Civil Veterinary Dept. Assam report 1927-50 - 1927-1950
Year: 1927
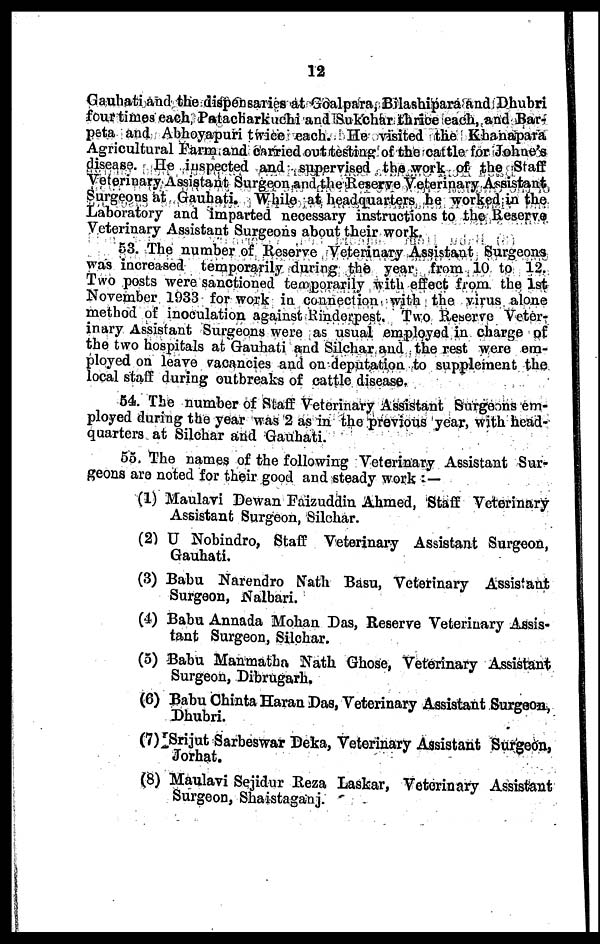
12
Gauhati and the dispensaries at Goalpara, Bilashipara and Dhubri
four times each, Patacharkuchi and Sukchar thrice each, and Bar-
peta and Abhoyapuri twice each. He visited the Khanapara
Agricultural Farm and carried out testing of the cattle for Johne's
disease. He inspected and supervised the work of the Staff
Veterinary Assistant Surgeon and the Reserve Veterinary Assistant
Surgeons at Gauhati. While at headquarters he worked in the
Laboratory and imparted necessary instructions to the Reserve
Veterinary Assistant Surgeons about their work.
53. The number of Reserve Veterinary Assistant Surgeons
was increased temporarily during the year from 10 to 12.
1 wo posts were sanctioned temporarily with effect from the 1st
November 1933 for work in connection with the virus alone
method of inoculation against Rinderpest. Two Reserve Veter-
inary Assistant Surgeons were as usual employed in charge of
the two hospitals at Gauhati and Silchar and the rest were em-
ployed on leave vacancies and on deputation to supplement the
local staff during outbreaks of cattle disease.
54. The number of Staff Veterinary Assistant Surgeons em-
ployed during the year was 2 as in the previous year, with head-
quarters at Silchar and Gauhati.
55. The names of the following Veterinary Assistant Sur-
geons are noted for their good and steady work : —
(1) Maulavi Dewan Faizuddin Ahmed, Staff Veterinary
Assistant Surgeon, Silchar.
(2) U Nobindro, Staff Veterinary Assistant Surgeon,
Gauhati.
(3) Babu Narendro Nath Basu, Veterinary Assistant
Surgeon, Nalbari.
(4) Babu Annada Mohan Das, Reserve Veteriuary Assis-
tant Surgeon, Silchar.
(5) Babu Manraatha Nath Ghose, Veterinary Assistant
Surgeon, Dibrugarh.
(6) Babu Chinta Haran Das, Veterinary Assistant Surgeon,
Dhubri.
(7) Srijut Sarbeswar Deka, Veterinary Assistant Surgeon,
Jorhat.
(8) Maulavi Sejidur Reza Laskar, Veterinary Assistant
Surgeon, Shaistaganj.